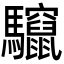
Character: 𮪠